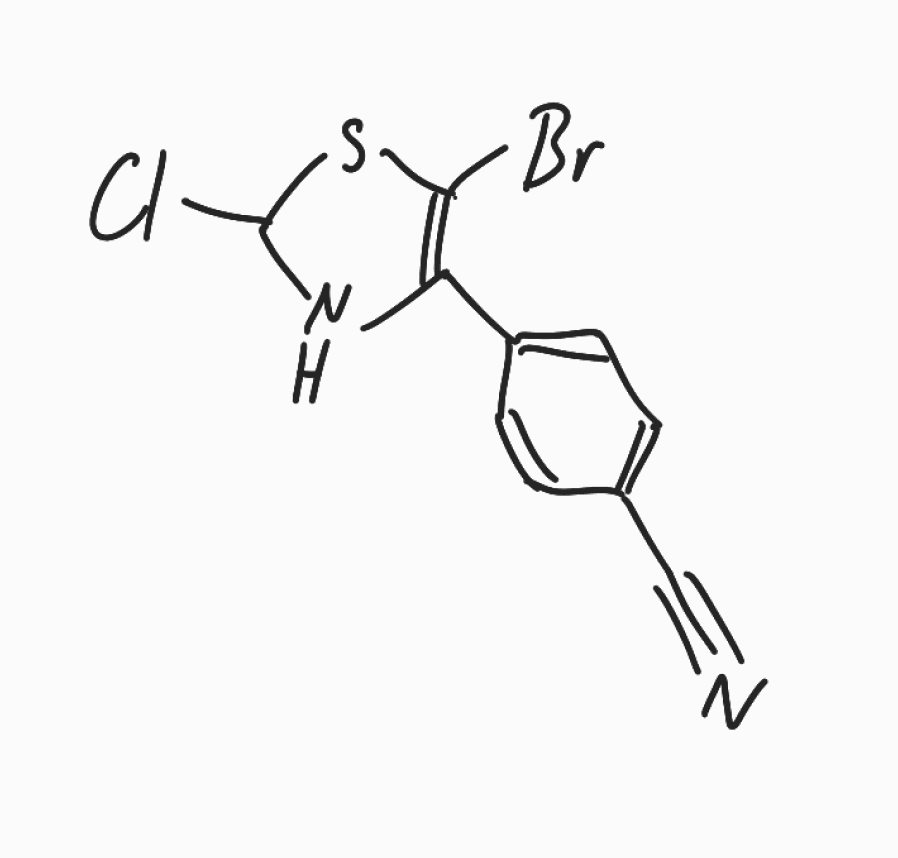
Simplified molecular-input line-entry system (SMILES) notation of the given molecule:
C1=CC(=CC=C1C#N)C2=C(SC(N2)Cl)Br